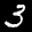
Label: 3